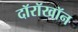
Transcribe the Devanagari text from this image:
दॉरॉखॉन